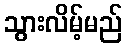
သွားလိမ့်မည်